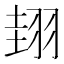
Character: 𦐰